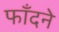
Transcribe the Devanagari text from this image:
फाँदने